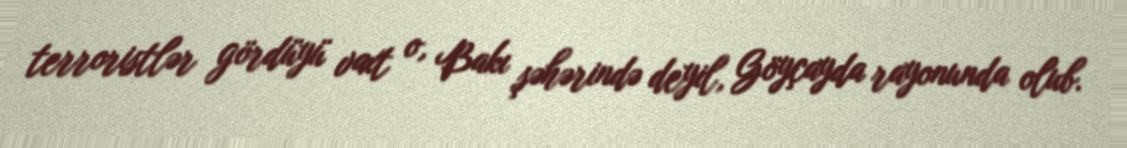
terroristlər gördüyü vaxt o, Bakı şəhərində deyil, Göyçayda rayonunda olub.